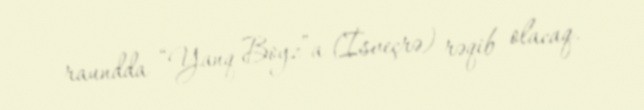
raundda “Yanq Boyz”a (İsveçrə) rəqib olacaq.